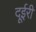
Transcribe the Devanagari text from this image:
दूईरी